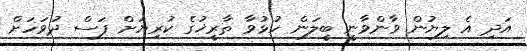
އަދި އެ ލިޔުން ވާންވާނީ ބީލަން ހުޅުވާ ތާރީޚުގެ ކުރިޔަށް ފަސް ދުވަހަށް